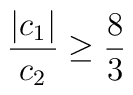
\frac{|c_1|}{c_2}\geq\frac{8}{3}